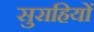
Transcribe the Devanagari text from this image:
सुराहियों